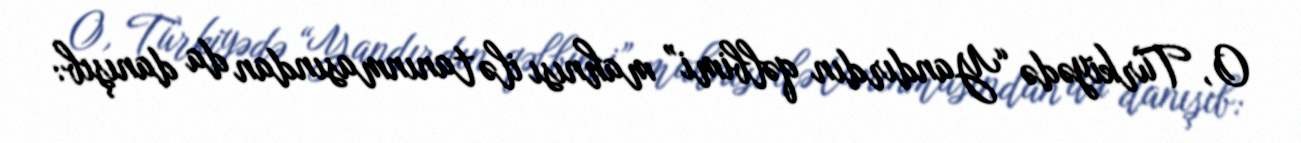
O, Türkiyədə “Yandırdın qəlbimi” mahnısı ilə tanınmasından da danışıb: